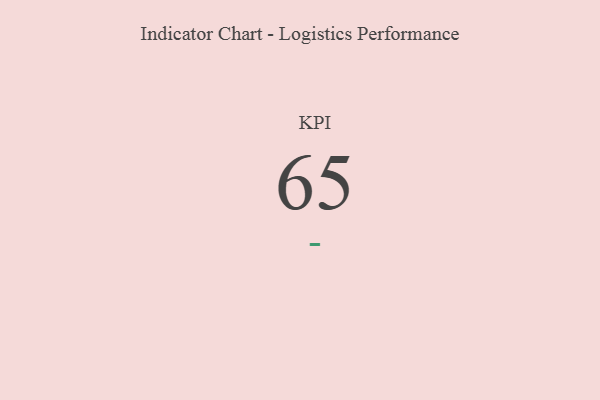
{"axis": {"x": "KPI", "y": "Value"}, "legend": [""], "data": [{"x": "KPI", "y": 65, "type": ""}]}